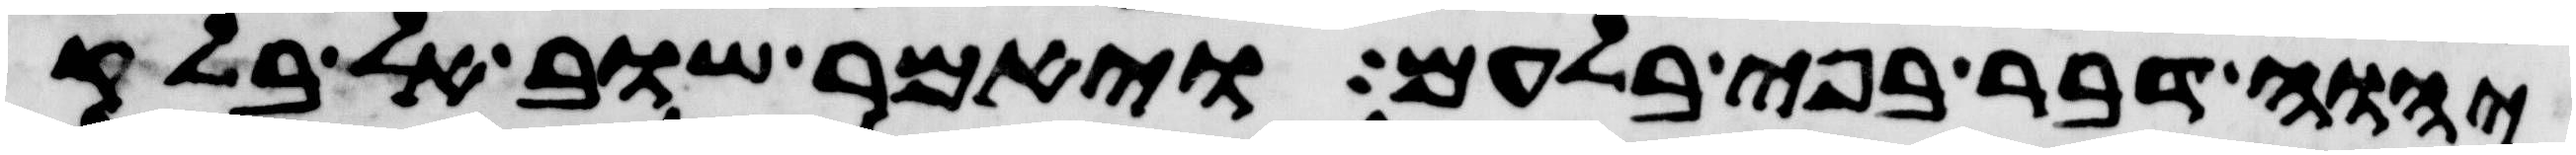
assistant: יהוה דבר בפי בלעם ויאמר שוב אל בלק